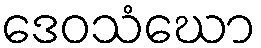
ဒေဝသံဃော